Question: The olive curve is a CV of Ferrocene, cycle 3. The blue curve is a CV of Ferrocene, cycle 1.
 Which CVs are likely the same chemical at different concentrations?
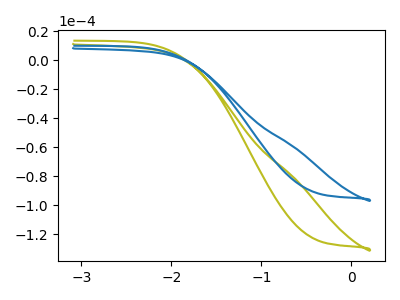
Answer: <think>The olive curve "Ferrocene, cycle 3" has no peaks. The blue curve "Ferrocene, cycle 1" has no peaks.
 Neither "Ferrocene, cycle 3" or "Ferrocene, cycle 1" have any peaks.</think>
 <answer>"Ferrocene, cycle 1" and "Ferrocene, cycle 3" have the same shape and are likely CV's of the same chemical.</answer>
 <eval>"Ferrocene, cycle 1" "Ferrocene, cycle 3"</eval>